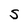
Character: S